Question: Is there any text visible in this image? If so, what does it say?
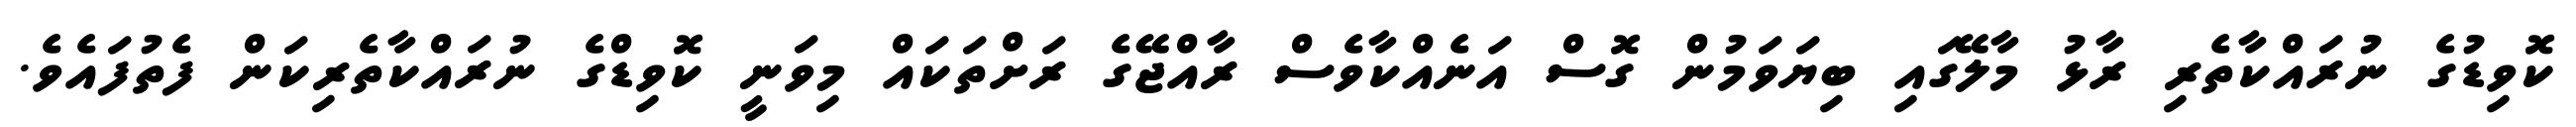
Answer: ކޮވިޑުގެ ނުރައްކާތެރި ރާޅު މާލޭގައި ބިޔަވަމުން ގޮސް އަނެއްކާވެސް ރާއްޖޭގެ ރަށްތަކައް މިވަނީ ކޮވިޑްގެ ނުރައްކާތެރިކަން ފެތުފައެވެ.